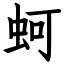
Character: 蚵